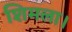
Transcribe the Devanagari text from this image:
शिमला।